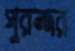
পুরন্দর